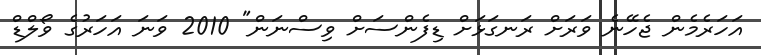
އަހަރެމެން ޖެހޭނެ ވަރަށް ރަނގަޅަށް ޑިފެންސަށް ވިސްނަން" 2010 ވަނަ އަހަރުގެ ވޯލްޑް